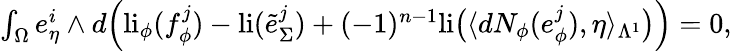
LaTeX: \begin{array}{r}{\int_{\Omega}e_{\eta}^{i}\wedge d\Big(\mathrm{li}_{\phi}(f_{\phi}^{j})-\mathrm{li}(\tilde{e}_{\Sigma}^{j})+(-1)^{n-1}\mathrm{li}\big(\langle dN_{\phi}(e_{\phi}^{j}),\eta\rangle_{\Lambda^{1}}\big)\Big)=0,}\end{array}